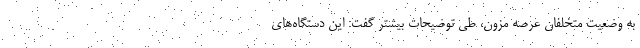
به وضعیت متخلفان عرصه مزون، طی توضیحات بیشتر گفت: این دستگاه‌های